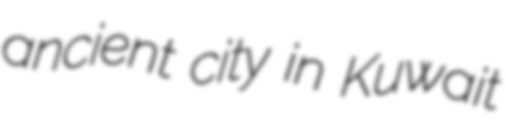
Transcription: ancient city in Kuwait